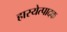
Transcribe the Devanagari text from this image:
हास्येत्पादक